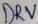
Text: DRV